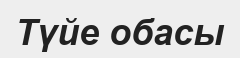
Түйе обасы